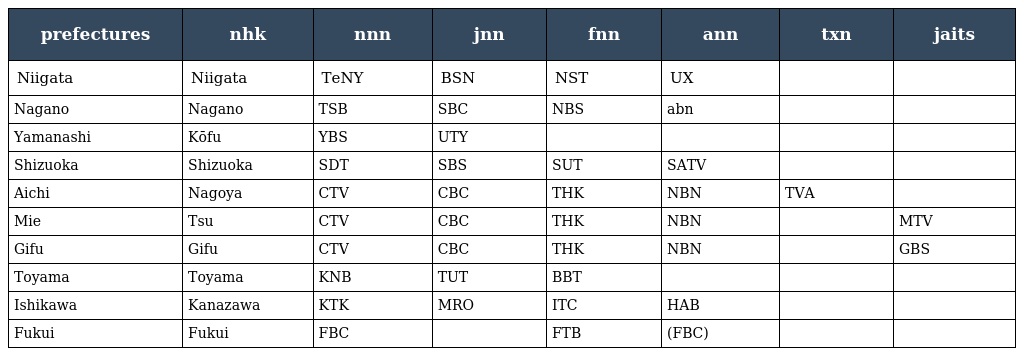
| prefectures | nhk | nnn | jnn | fnn | ann | txn | jaits |
 | --- | --- | --- | --- | --- | --- | --- | --- |
 | Niigata | Niigata | TeNY | BSN | NST | UX |  |  |
 | Nagano | Nagano | TSB | SBC | NBS | abn |  |  |
 | Yamanashi | Kōfu | YBS | UTY |  |  |  |  |
 | Shizuoka | Shizuoka | SDT | SBS | SUT | SATV |  |  |
 | Aichi | Nagoya | CTV | CBC | THK | NBN | TVA |  |
 | Mie | Tsu | CTV | CBC | THK | NBN |  | MTV |
 | Gifu | Gifu | CTV | CBC | THK | NBN |  | GBS |
 | Toyama | Toyama | KNB | TUT | BBT |  |  |  |
 | Ishikawa | Kanazawa | KTK | MRO | ITC | HAB |  |  |
 | Fukui | Fukui | FBC |  | FTB | (FBC) |  |  |